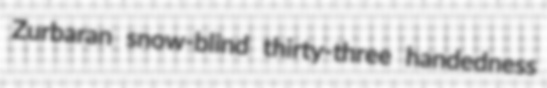
Zurbaran snow-blind thirty-three handedness